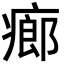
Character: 㾿